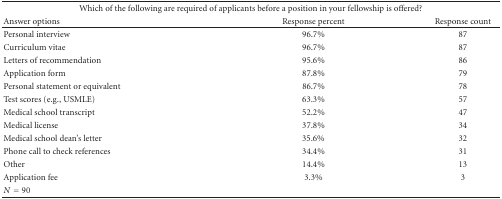
<table><thead><tr><td colspan="3"><b>Which of the following are required of applicants before a position in your fellowship is offered?</b></td></tr><tr><td><b>Answer options</b></td><td><b>Response percent</b></td><td><b>Response count</b></td></tr></thead><tbody><tr><td>Personal interview</td><td>96.7%</td><td>87</td></tr><tr><td>Curriculum vitae</td><td>96.7%</td><td>87</td></tr><tr><td>Letters of recommendation</td><td>95.6%</td><td>86</td></tr><tr><td>Application form</td><td>87.8%</td><td>79</td></tr><tr><td>Personal statement or equivalent</td><td>86.7%</td><td>78</td></tr><tr><td>Test scores (e.g., USMLE)</td><td>63.3%</td><td>57</td></tr><tr><td>Medical school transcript</td><td>52.2%</td><td>47</td></tr><tr><td>Medical license</td><td>37.8%</td><td>34</td></tr><tr><td>Medical school dean&#x27;s letter</td><td>35.6%</td><td>32</td></tr><tr><td>Phone call to check references</td><td>34.4%</td><td>31</td></tr><tr><td>Other</td><td>14.4%</td><td>13</td></tr><tr><td>Application fee</td><td>3.3%</td><td>3</td></tr><tr><td><i>N</i> = 90</td><td></td><td></td></tr></tbody></table>